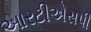
આરટીએસપી